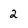
Character: 2